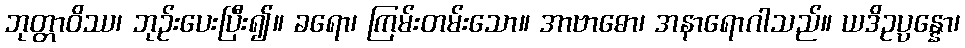
ဘုတ္တာဝိဿ၊ ဘုဉ်းပေးပြီး၍။ ခရော၊ ကြမ်းတမ်းသော။ အာဗာဓော၊ အနာရောဂါသည်။ ယဒိဥပ္ပန္နော၊